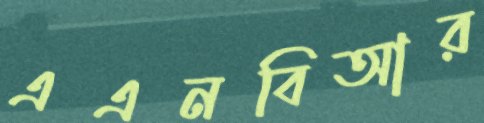
এএনবিআর